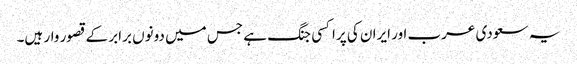
یہ سعودی عرب اور ایران کی پراکسی جنگ ہے جس میں دونوں برابر کے قصور وار ہیں۔